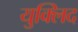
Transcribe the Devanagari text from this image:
युक्लिद